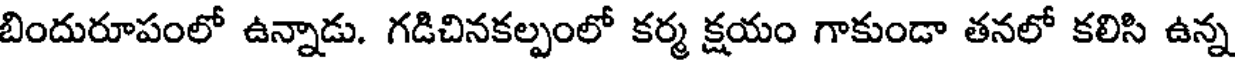
బిందురూపంలో ఉన్నాడు. గడిచినకల్పంలో కర్మ క్షయం గాకుండా తనలో కలిసి ఉన్న